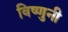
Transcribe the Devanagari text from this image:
विष्णुनी